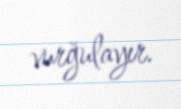
vurğulayır.